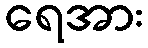
ရေအား